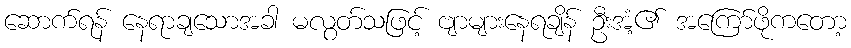
ဆောက်ရန် နေရာချသောအခါ မလွတ်သဖြင့် ဗျာများနေရချိန် ဦးအံ့၏ အကြော်ဖိုကတော့